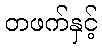
တဖက်နှင့်